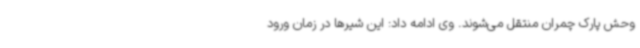
وحش پارک چمران منتقل می‌شوند. وی ادامه داد: این شیرها در زمان ورود